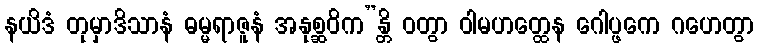
နယိဒံ တုမှာဒိသာနံ ဓမ္မရာဇူနံ အနုစ္ဆဝိက”န္တိ ဝတွာ ဝါမဟတ္ထေန ဂေါပ္ဖကေ ဂဟေတွာ